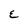
Character: E